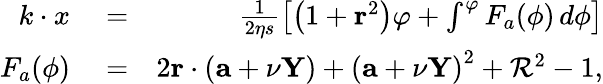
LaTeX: \begin{array}{rlr}{k\cdot x}&{{}=}&{\frac{1}{2\eta s}\left[\left(1+\mathbf{r}^{2}\right)\varphi+\int^{\varphi}F_{a}(\phi)\, d\phi\right]}\\ {F_{a}(\phi)}&{{}=}&{2\mathbf{r}\cdot(\mathbf{a}+\nu\mathbf{Y})+\left(\mathbf{a}+\nu\mathbf{Y}\right)^{2}+\mathcal{R}^{2}-1,}\end{array}